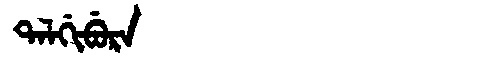
Manchu: ᡨᠠᠯᡤᡳᠪᡠᡵᠠ
Romanization: TALGIBURA